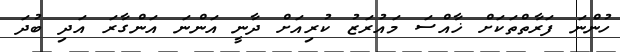
ހުންނަ ފަރާތްތަކަށް ޚާއްސަ މައުރަޒު ކުރިއަށް ދާނީ އަންނަ އަންގާރަ އަދި ބުދަ